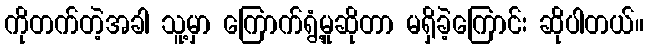
ကိုတက်တဲ့အခါ သူ့မှာ ကြောက်ရွံ့မှုဆိုတာ မရှိခဲ့ကြောင်း ဆိုပါတယ်။